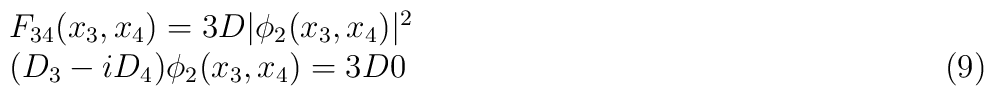
\begin{array}{lr} F_{34}(x_3,x_4)=3D|\phi_2(x_3,x_4)|^2 &    \\ (D_3-iD_4)\phi_2(x_3,x_4)=3D0 & \hspace{6.4cm}(9) \end{array}